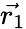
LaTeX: \vec{{r}_{1}}